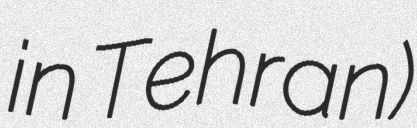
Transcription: in Tehran)